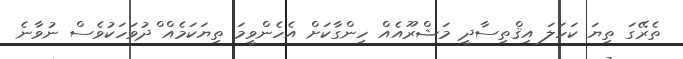
ތެރޭގަ ތިޔަ ކަހަލަ އިޤްތިސާދީ މަޝްރޫއެއް ހިންގާކަށް އެހެންވީމަ ތިޔަކަމެއް ްދުވަހަކުވެސް ނުވާނެ